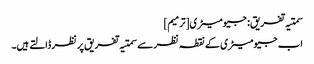
سمتیہ تفریق: جیومیٹری[ترمیم]
اب جیومیٹری کے نقطہ نظر سے سمتیہ تفریق پر نظر ڈالتے ہیں۔